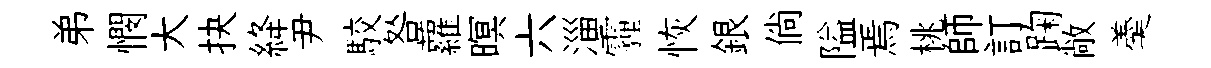
弟憫大抉絳尹駮咎蘿暝六淄霾恢銀倘隘焉桃師訂踘敞羮